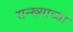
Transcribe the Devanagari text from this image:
सन्ख्याच्या